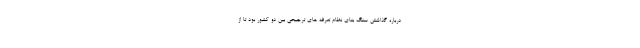
درباره گذاشتن سنگ بنای نظام تعرفه های ترجیحی بین دو کشور بود تا از